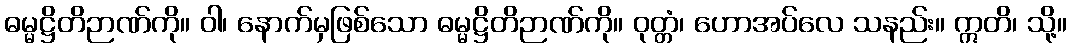
ဓမ္မဋ္ဌိတိဉာဏ်ကို။ ဝါ၊ နောက်မှဖြစ်သော ဓမ္မဋ္ဌိတိဉာဏ်ကို။ ဝုတ္တံ၊ ဟောအပ်လေ သနည်း။ ဣတိ၊ သို့။